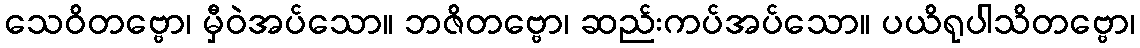
သေဝိတဗ္ဗော၊ မှီဝဲအပ်သော။ ဘဇိတဗ္ဗော၊ ဆည်းကပ်အပ်သော။ ပယိရုပါသိတဗ္ဗော၊